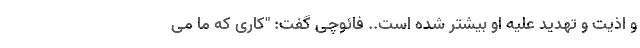
و اذیت و تهدید علیه او بیشتر شده است.. فائوچی گفت: "کاری که ما می